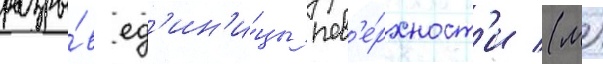
разры́в ед'ин'и́цы пов'е́рхност'и (м)